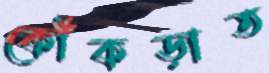
কোঁকড়াত